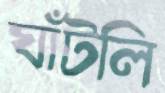
ঘাঁটলি